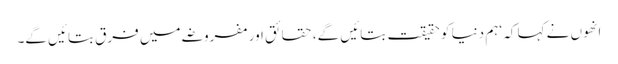
انھوں نے کہا کہ ‘ہم دنیا کو حقیقت بتائیں گے، حقائق اور مفروضے میں فرق بتائیں گے۔